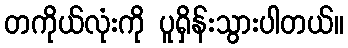
တကိုယ်လုံးကို ပူရှိန်းသွားပါတယ်။